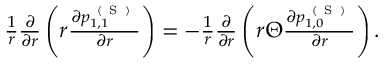
\begin{array} { r } { \frac { 1 } { r } \frac { \partial } { \partial r } \left( r \frac { \partial p _ { 1 , 1 } ^ { \mathrm { ~ ( ~ S ~ ) ~ } } } { \partial r } \right) = - \frac { 1 } { r } \frac { \partial } { \partial r } \left( r \Theta \frac { \partial p _ { 1 , 0 } ^ { \mathrm { ~ ( ~ S ~ ) ~ } } } { \partial r } \right) . } \end{array}